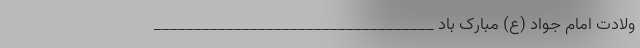
ولادت امام جواد (ع) مبارک باد ___________________________________